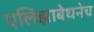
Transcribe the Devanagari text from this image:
एलिझाबेथनेच